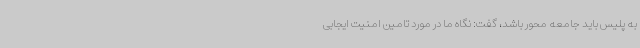
به پلیس باید جامعه محور باشد، گفت: نگاه ما در مورد تامین امنیت ایجابی